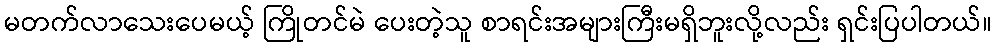
မတက်လာသေးပေမယ့် ကြိုတင်မဲ ပေးတဲ့သူ စာရင်းအများကြီးမရှိဘူးလို့လည်း ရှင်းပြပါတယ်။